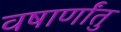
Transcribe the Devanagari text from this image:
वषार्णांतु